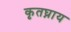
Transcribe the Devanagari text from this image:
कृतघ्नाय